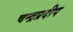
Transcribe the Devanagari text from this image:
चन्द्रप्रदीप